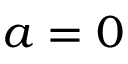
a = 0